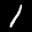
Label: 1